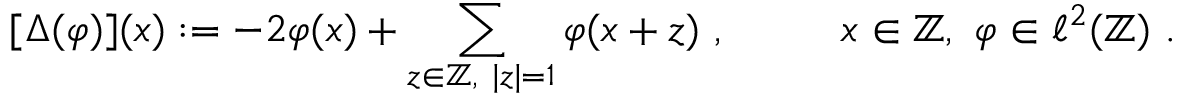
\lbrack \Delta ( \varphi ) ] ( x ) : = - 2 \varphi ( x ) + \sum _ { z \in \mathbb { Z } , \mathrm { ~ } | z | = 1 } \varphi ( x + z ) \ , \mathrm { ~ \qquad ~ } x \in \mathbb { Z } , \ \varphi \in \ell ^ { 2 } ( \mathbb { Z } ) \ .